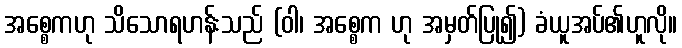
အစ္စေကဟု သိသောရဟန်းသည် (ဝါ၊ အစ္စေက ဟု အမှတ်ပြု၍) ခံယူအပ်၏ဟူလို။